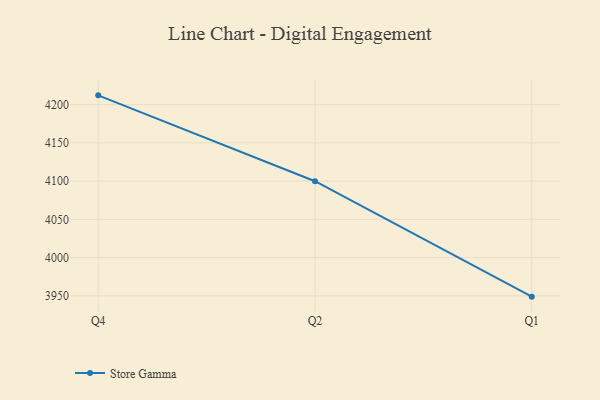
{"axis": {"x": "Quarter", "y": "Revenue (USD Million)"}, "legend": ["Store Gamma"], "data": [{"x": "Q4", "y": 4212.2, "type": "Store Gamma"}, {"x": "Q2", "y": 4099.9, "type": "Store Gamma"}, {"x": "Q1", "y": 3948.9, "type": "Store Gamma"}]}